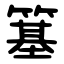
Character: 簊